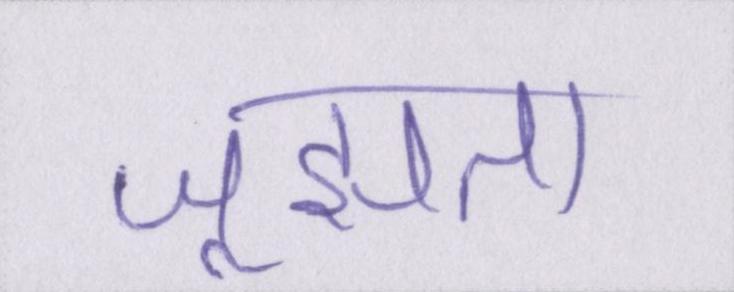
जूझता